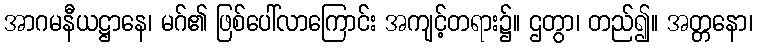
အာဂမနီယဋ္ဌာနေ၊ မဂ်၏ ဖြစ်ပေါ်လာကြောင်း အကျင့်တရား၌။ ဌတွာ၊ တည်၍။ အတ္တနော၊